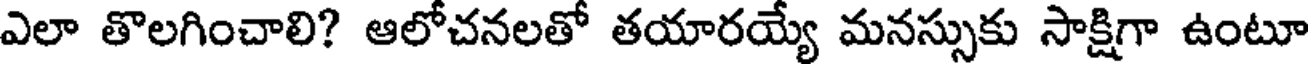
ఎలా తొలగించాలి? ఆలోచనలతో తయారయ్యే మనస్సుకు సాక్షిగా ఉంటూ